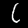
Digit: 6